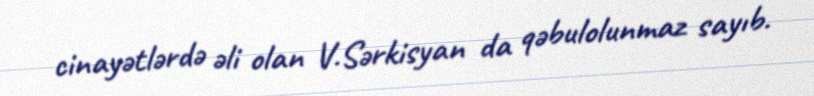
cinayətlərdə əli olan V.Sərkisyan da qəbulolunmaz sayıb.